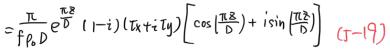
$=\frac{\pi}{f_{p} D} e^{\frac{\pi \beta}{D}}(1-i)(\bar{x}+i \bar{y})\left[\cos \left(\frac{\pi \beta}{D}\right)+i \sin \left(\frac{\pi \beta}{D}\right)\right] \quad(\mathrm{J}-19)$